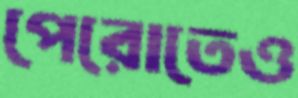
পেরোতেও